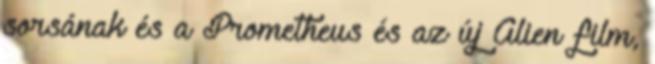
sorsának és a Prometheus és az új Alien film,